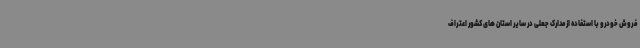
فروش خودرو با استفاده از مدارک جعلی در سایر استان های کشور اعتراف